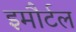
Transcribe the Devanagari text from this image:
इमौर्टल